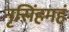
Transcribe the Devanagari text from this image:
नृसिंहमहं